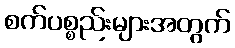
စက်ပစ္စည်းများအတွက်